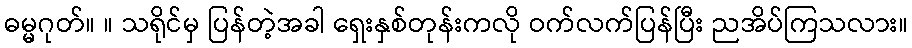
ဓမ္မဂုတ်။ ။ သရိုင်မှ ပြန်တဲ့အခါ ရှေးနှစ်တုန်းကလို ဝက်လက်ပြန်ပြီး ညအိပ်ကြသလား။